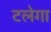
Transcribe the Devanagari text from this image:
टलेगा